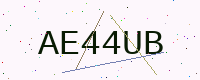
Text: AE44UB